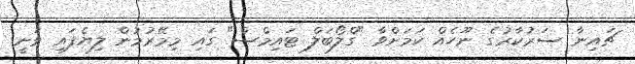
ޗައިނާ ސަރުކާރުގެ ނޫހެއް ކަމަށްވާ "ގްލޯބަލް ޓައިމްސް" ގައި މިމޭރުމުން ލިޔެފައި ވަނީ